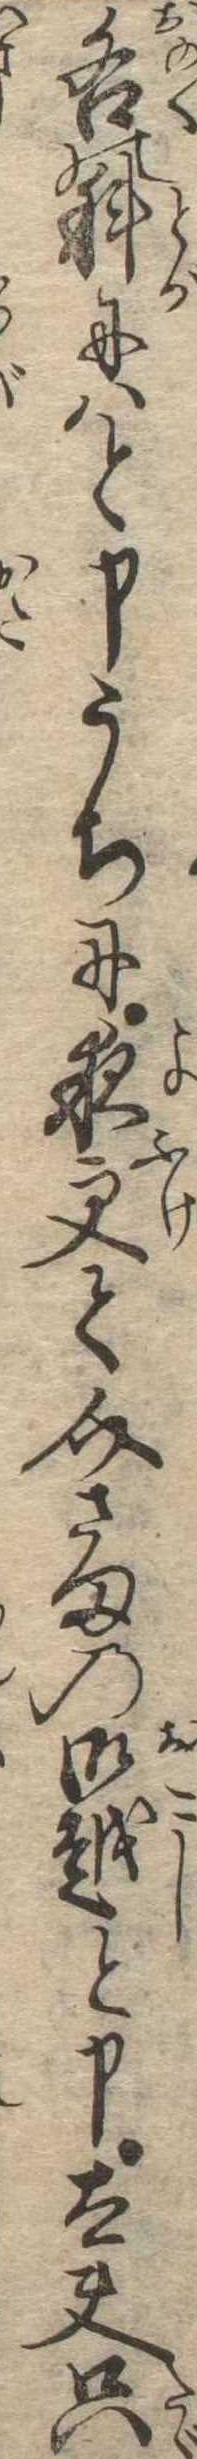
各の科にはと申うちに夜更て介さまの御越と申太夫只